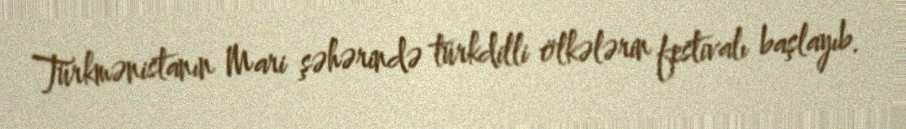
Türkmənistanın Mari şəhərində türkdilli ölkələrin festivalı başlayıb.